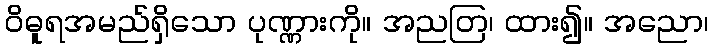
ဝိဓူရအမည်ရှိသော ပုဏ္ဏားကို။ အညတြ၊ ထား၍။ အညော၊